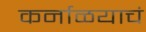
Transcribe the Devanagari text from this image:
कर्नाळयाचं